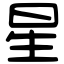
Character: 星